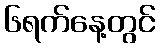
၆ရက်နေ့တွင်